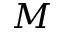
M